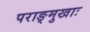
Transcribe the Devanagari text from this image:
पराङ्मुखाः